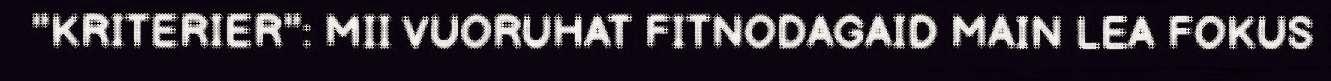
"KRITERIER": MII VUORUHAT FITNODAGAID MAIN LEA FOKUS